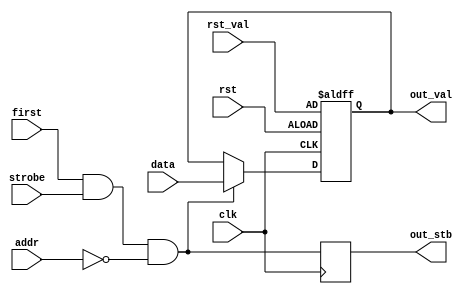
/*
 * spi_reg.v
 *
 * CERN Open Hardware Licence v1.2 - See LICENSE
 *
 * Copyright (C) 2018  Sylvain Munaut
 *
 * vim: ts=4 sw=4
 */

`default_nettype none

module spi_reg #(
	parameter ADDR = 8'h00,
	parameter integer BYTES = 1
)(
	// Bus interface
	input wire  [7:0] addr,
	input wire  [7:0] data,
	input wire  first,
	input wire  strobe,

	// Reset
	input wire  [(8*BYTES)-1:0] rst_val,

	// Output
	output wire [(8*BYTES)-1:0] out_val,
	output wire out_stb,

	// Clock / Reset
	input wire  clk,
	input wire  rst
);

	localparam integer WIDTH = 8*BYTES;

	// Signals
	wire [WIDTH-1:0] nxt_val;
	reg  [WIDTH-1:0] cur_val;
	wire [BYTES-1:0] hit_delay;
	wire hit;
	reg  out_stb_i;

	// History
	generate
		if (BYTES > 1) begin
			reg [WIDTH-9:0] history;
			reg [BYTES-2:0] bc;

			always @(posedge clk or posedge rst)
				if (rst) begin
					history <= 0;
					bc <= 0;
				end else if (strobe) begin
					history <= nxt_val[WIDTH-9: 0];
					bc <= hit_delay[BYTES-2:0];
				end

			assign nxt_val = { history, data };
			assign hit_delay = { bc, first };
		end else begin
			assign nxt_val = data;
			assign hit_delay = { first };
		end
	endgenerate

	// Address match
	assign hit = hit_delay[BYTES-1] & strobe & (addr == ADDR);

	// Value register
	always @(posedge clk or posedge rst)
		if (rst)
			cur_val <= rst_val;
		else if (hit)
			cur_val <= nxt_val;

	always @(posedge clk)
		out_stb_i <= hit;

	assign out_val = cur_val;
	assign out_stb = out_stb_i;

endmodule // spi_reg